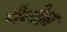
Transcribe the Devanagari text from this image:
पैन्वेल